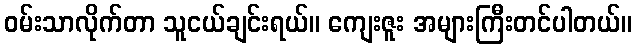
ဝမ်းသာလိုက်တာ သူငယ်ချင်းရယ်။ ကျေးဇူး အများကြီးတင်ပါတယ်။